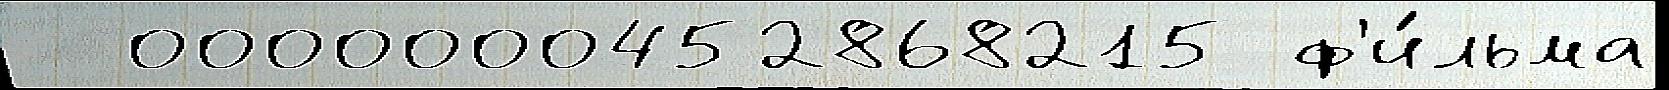
  0000000452868215 ф'и́льма